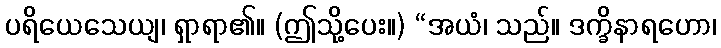
ပရိယေသေယျ၊ ရှာရာ၏။ (ဤသို့ပေး။) “အယံ၊ သည်။ ဒက္ခိနာရဟော၊